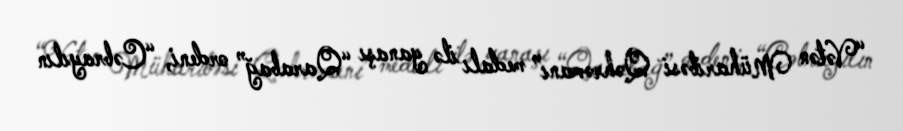
“Vətən Müharibəsi Qəhrəmanı” medalı ilə yanaşı “Qarabağ” ordeni, “Cəbrayılın